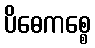
ပိဓေကစ္စေ